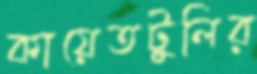
কায়েতটুলির